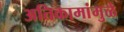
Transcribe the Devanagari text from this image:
अतिकामांमुळे